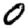
Digit: 0